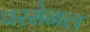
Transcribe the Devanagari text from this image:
परसेनल